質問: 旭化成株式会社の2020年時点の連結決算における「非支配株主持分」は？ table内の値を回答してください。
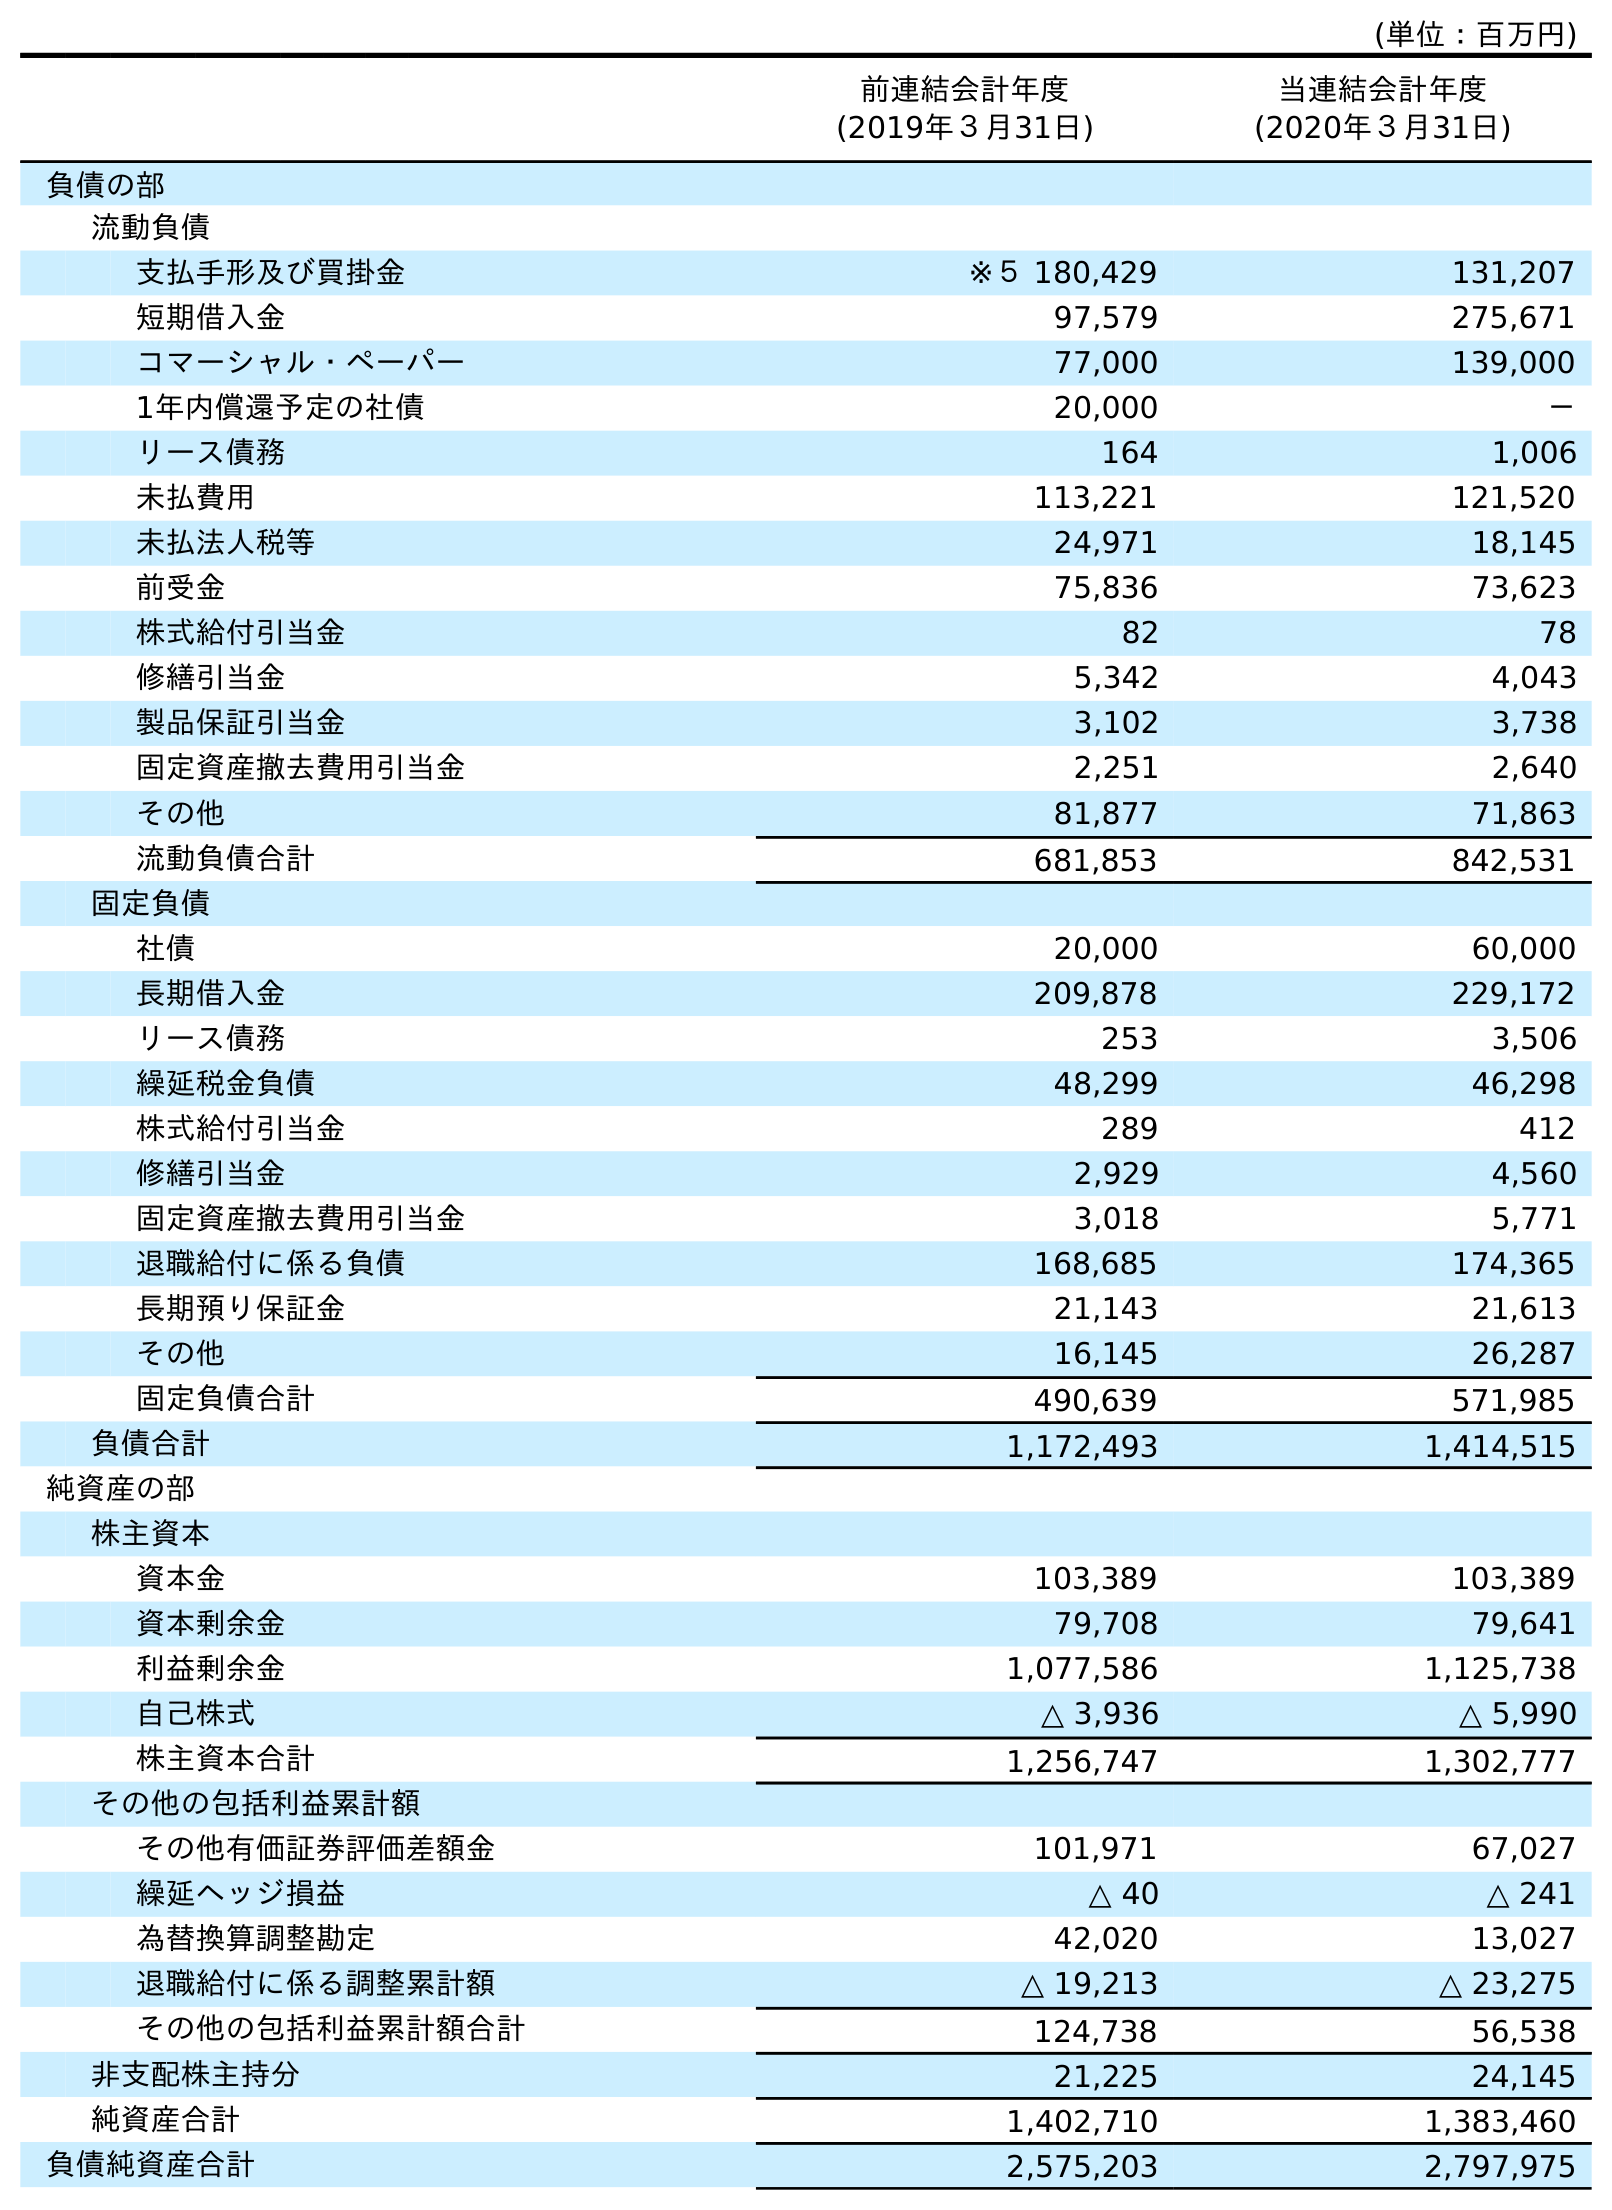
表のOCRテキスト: (単位：百万円) 前連結会計年度 (2019年３月31日) 当連結会計年度 (2020年３月31日) 負債の部 流動負債 支払手形及び買掛金 ※５ 180,429 131,207 短期借入金 97,579 275,671 コマーシャル・ペーパー 77,000 139,000 1年内償還予定の社債 20,000 － リース債務 164 1,006 未払費用 113,221 121,520 未払法人税等 24,971 18,145 前受金 75,836 73,623 株式給付引当金 82 78 修繕引当金 5,342 4,043 製品保証引当金 3,102 3,738 固定資産撤去費用引当金 2,251 2,640 その他 81,877 71,863 流動負債合計 681,853 842,531 固定負債 社債 20,000 60,000 長期借入金 209,878 229,172 リース債務 253 3,506 繰延税金負債 48,299 46,298 株式給付引当金 289 412 修繕引当金 2,929 4,560 固定資産撤去費用引当金 3,018 5,771 退職給付に係る負債 168,685 174,365 長期預り保証金 21,143 21,613 その他 16,145 26,287 固定負債合計 490,639 571,985 負債合計 1,172,493 1,414,515 純資産の部 株主資本 資本金 103,389 103,389 資本剰余金 79,708 79,641 利益剰余金 1,077,586 1,125,738 自己株式 △ 3,936 △ 5,990 株主資本合計 1,256,747 1,302,777 その他の包括利益累計額 その他有価証券評価差額金 101,971 67,027 繰延ヘッジ損益 △ 40 △ 241 為替換算調整勘定 42,020 13,027 退職給付に係る調整累計額 △ 19,213 △ 23,275 その他の包括利益累計額合計 124,738 56,538 非支配株主持分 21,225 24,145 純資産合計 1,402,710 1,383,460 負債純資産合計 2,575,203 2,797,975
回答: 24,145